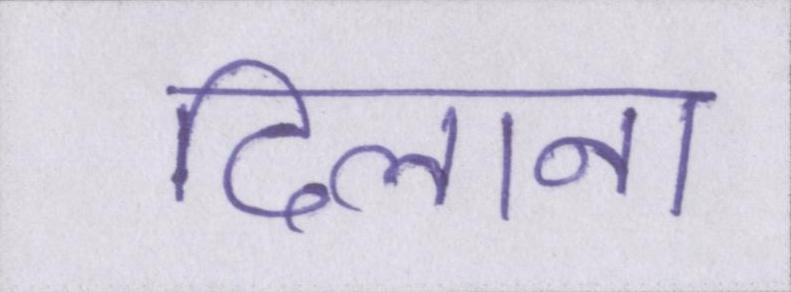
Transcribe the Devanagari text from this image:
दिलाना